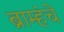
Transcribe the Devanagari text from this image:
ब्राम्हंचे